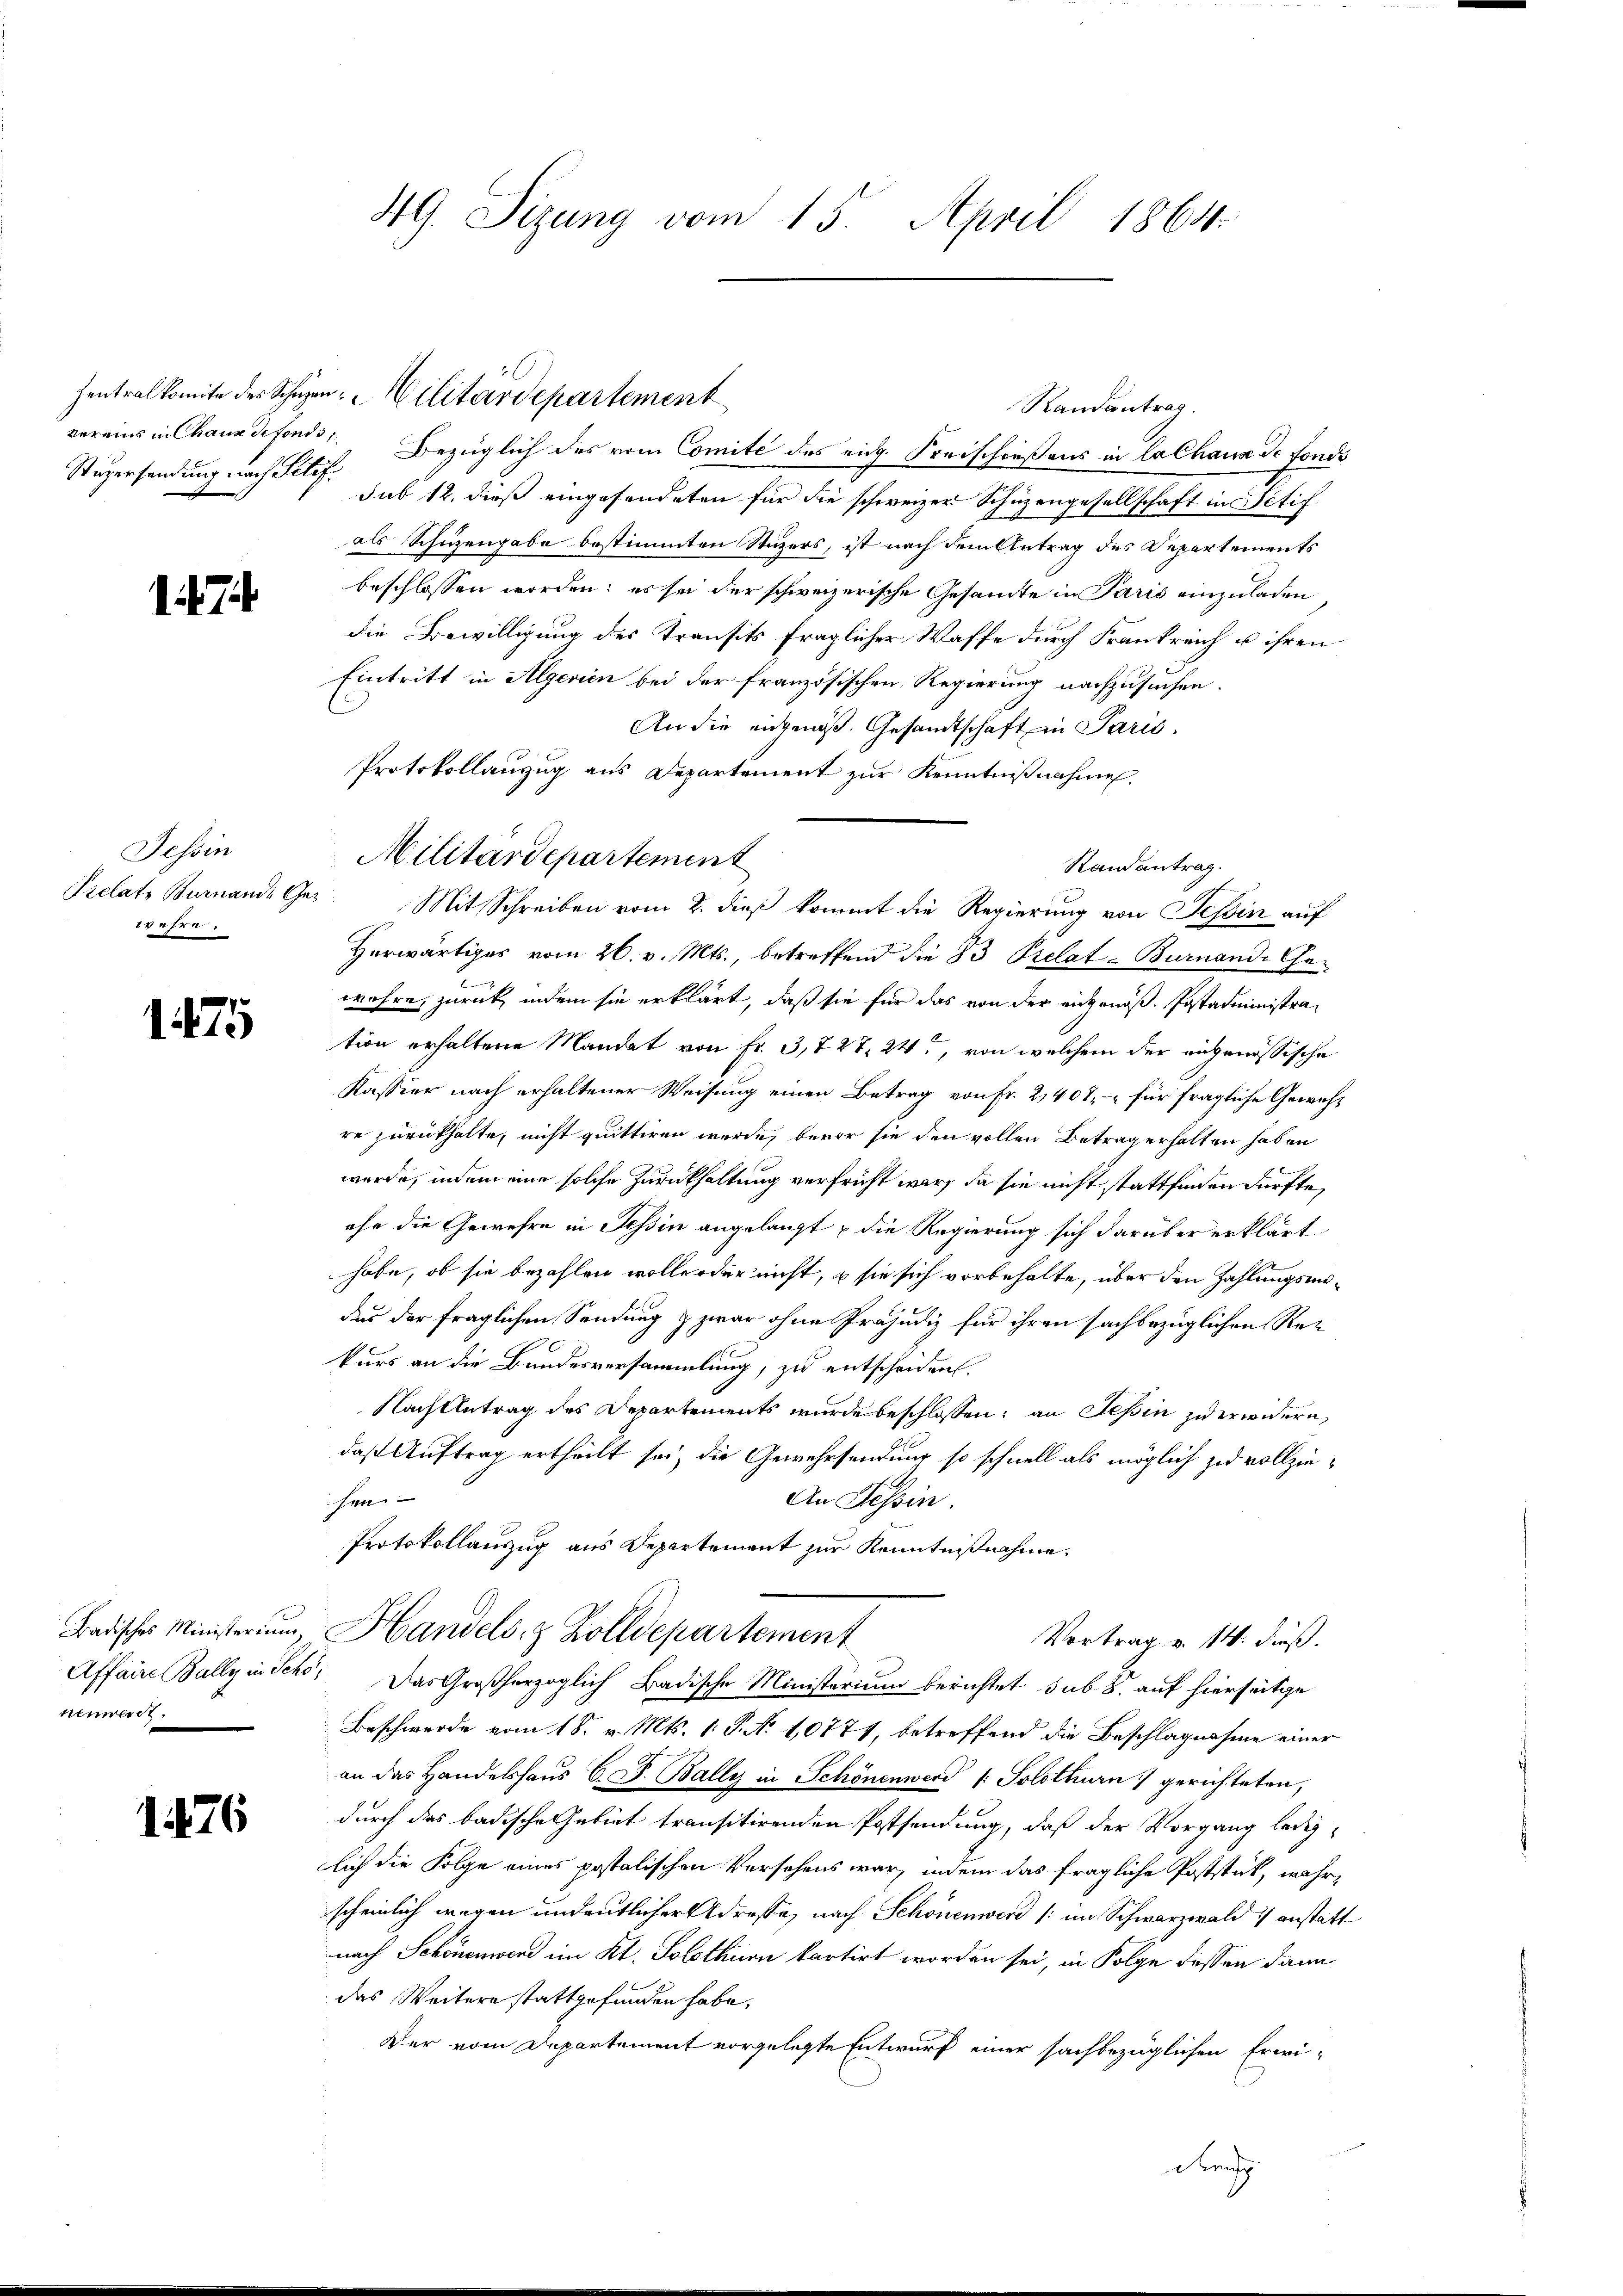
Stugersendung nach Silif

Tessin
2v ehre.

1475

nenwert.

1476

49. Sizung vom 15. April 1864.

vereins in Chauxdefonis, Bezüglich des vom Comite des eige Freischießens in Calhaus de fonds
sub 12. dieß eingesendeten für die schweizer Schüzengesellschaft in Petif
als Schüzengabe bestimmten Stuzers, ist nach dem Antrag des Departements
beschlossen worden; es sei der schweizerische Gesandte in Paris einzuladen
die Bewilligung des Transits fraglicher Waffe durch Frankreich u ihren
Eintritt in Algerien bei der französischen Regierung nachzusuchen.
An die angenoß. Gesandtschaft in Paris,
Protokollauszug aus Departement zur Kenntnißnahmen,
Randantrag.
Prelate Bernande Ges. Mit Schreiben vom 2. dieß kommt die Regierung von Tessin auf
Herwärtiges vom 26. v. Mts., betreffend die 83 Prelat-Burnande Gewahre, zurück, indem sie erklärt, daß sie für das von der eingenöß. Postadministration erhaltene Mandat von Fr. 3, 7 2t 24, von welchem der angenössische
Kassier nach erhaltener Weisung einen Betrag von Fr. 2,407 - für fragliche Gewehre zurückhalte, nicht quittiren werde, bevor sie den vollen Betrag erhalten haben
werde, indem eine solche Zurückhaltung verfricht war, da sie nicht stattfinden dürfte,
ehe die Gewehre in Teßin angelangt, die Regierung sich darüber erklärt
habe, ob sie bezahlen wolle oder nicht, – sie sich vorbehalte, über den Zahlungsmidass der fraglichen Sendung & zwar ohne Präjudiz für ihren sachbezüglichen Rekurs an die Bundesversammlung, zu entscheiden.
Nach Antrag des Departements wurde beschlossen; an Tessin zu erwidern,
daß Auftrag ertheilt sei, die Gewehrsendung so schnell als möglich zu vollziesen- |
An Tessin.
Protokollanzug aus Departement zur Kenntnißnahme.
Badisches Ministerium, Handels- & Zolldepartement
Vortrag v. 14. dieß.
Affaire Bally in Schö, Das Großherzoglich Badische Ministerium berichtet sub S. auf hierseitige
Beschwerde vom 18. v. Mts. 1. P. N. 10771, betreffend die Beschlagnahme einer
an das Handelshaus C. C. Bally in Schönenwerd 1: Solothurn) gerichteten,
durch das badische Gebiet transitirenden Postsendung, daß der Vorgang lediglich die Folge eines postalischen Versehens war, indem das fragliche Poststück, währscheinlich wegen undeutlicher Adresse, nach Schönenwerd (im Schwarzwald anstatt
nach Schönenwerd im Kt. Solothurn kartirt worden sei, in Folge dessen dann
das Weitere stattgefunden habe,
Der vom Departement vorgelegte Entwurf einer sachbezüglichen Erwi-
drech

Zentralkomite des Schüzen: Militärdepartement

Militärdepartement

Randantrag.